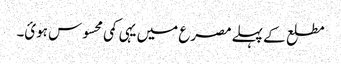
مطلع کے پہلے مصرع میں یہی کمی محسوس ہوئ۔